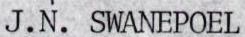
J.N. SWANEPOEL